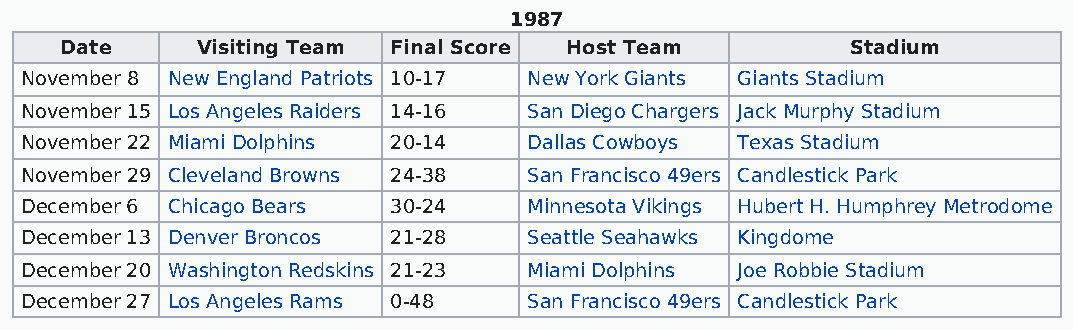
1987
 Date     Visiting Team Final Score Host Team        Stadium
 November 8 New England Patriots 10-17 New York Giants Giants Stadium
 November 15 Los Angeles Raiders 14-16 San Diego Chargers Jack Murphy Stadium
 November 22 Miami Dolphins 20-14  Dallas Cowboys Texas Stadium
 November 29 Cleveland Browns 24-38 San Francisco 49ers Candlestick Park
 December 6 Chicago Bears 30-24    Minnesota Vikings Hubert H. Humphrey Metrodome
 December 13 Denver Broncos 21-28  Seattle Seahawks Kingdome
 December 20 Washington Redskins 21-23 Miami Dolphins Joe Robbie Stadium
 December 27 Los Angeles Rams 0-48 San Francisco 49ers Candlestick Park